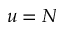
u = N